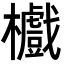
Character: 𣟵